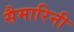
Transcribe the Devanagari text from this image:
सैमारिनी